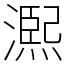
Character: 𤏁